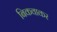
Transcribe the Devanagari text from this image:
बिकवाकर